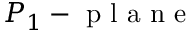
P _ { 1 } - \mathrm { ~ p ~ l ~ a ~ n ~ e ~ }